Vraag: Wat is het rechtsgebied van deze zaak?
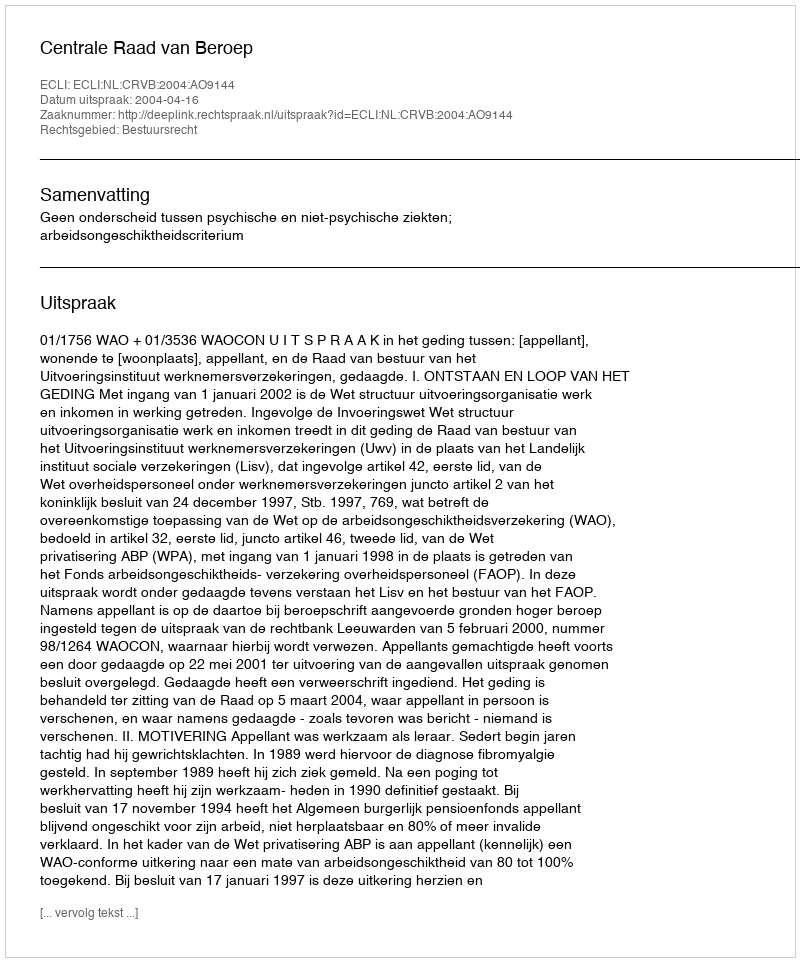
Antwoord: Bestuursrecht